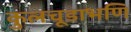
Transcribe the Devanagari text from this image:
कुलचूडाभणि